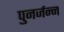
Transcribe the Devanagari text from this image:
पुनर्जन्न